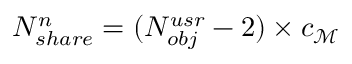
N _ { s h a r e } ^ { n } = ( N _ { o b j } ^ { u s r } - 2 ) \times c _ { \mathcal { M } }